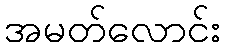
အမတ်လောင်း